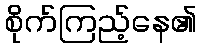
စိုက်ကြည့်နေ၏